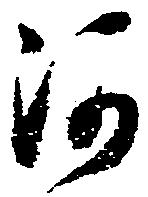
河